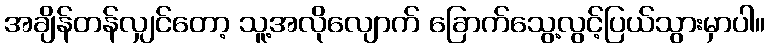
အချိန်တန်လျှင်တော့ သူ့အလိုလျောက် ခြောက်သွေ့လွင့်ပြယ်သွားမှာပါ။